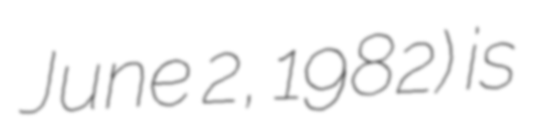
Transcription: June 2, 1982) is